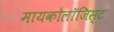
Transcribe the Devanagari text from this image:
मायकोलॉजिस्ट